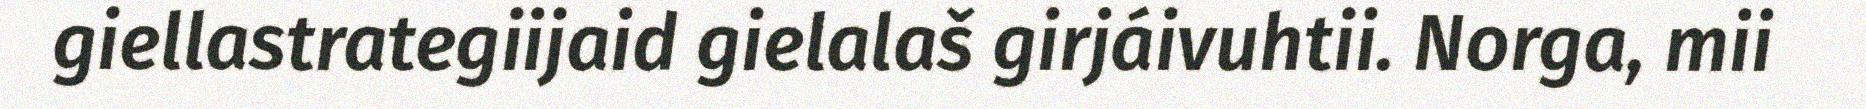
giellastrategiijaid gielalaš girjáivuhtii. Norga, mii